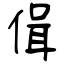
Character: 偮